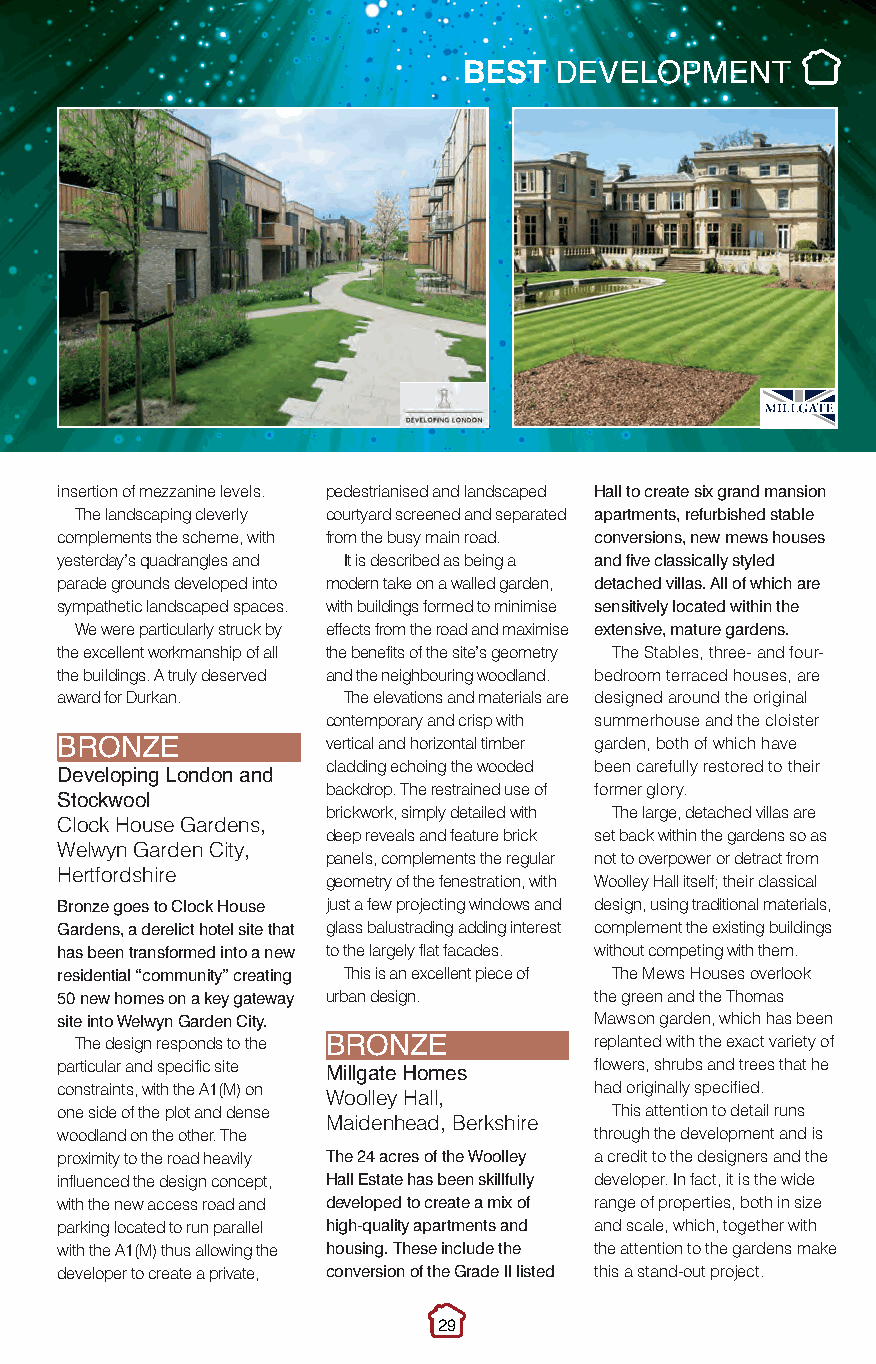
Best Development.qxp_Layout 1 10/11/2016 22:43 Page 2
 BEST  DEVELOPMENT
 insertion of mezzanine levels. pedestrianised and landscaped Hall to create six grand mansion
 The landscaping cleverly courtyard screened and separated apartments, refurbished stable
 complements the scheme, with from the busy main road. conversions, new mews houses
 yesterday’s quadrangles and It is described as being a and five classically styled
 parade grounds developed into modern take on a walled garden, detached villas. All of which are
 sympathetic landscaped spaces. with buildings formed to minimise sensitively located within the
 We were particularly struck by effects from the road and maximise extensive, mature gardens.
 the excellent workmanship of all the benefits of the site’s geometry The Stables, three- and four-
 the buildings. A truly deserved and the neighbouring woodland. bedroom terraced houses, are
 award for Durkan.  The elevations and materials are designed around the original
 contemporary and crisp with summerhouse and the cloister
 vertical and horizontal timber garden, both of which have
 BRONZE            cladding echoing the wooded been carefully restored to their
 Developing London and backdrop. The restrained use of former glory.
 Stockwool         brickwork, simply detailed with The large, detached villas are
 Clock House Gardens,
 deep reveals and feature brick set back within the gardens so as
 Welwyn Garden City,
 panels, complements the regular not to overpower or detract from
 Hertfordshire     geometry of the fenestration, with Woolley Hall itself; their classical
 Bronze goes to Clock House just a few projecting windows and design, using traditional materials,
 Gardens, a derelict hotel site that glass balustrading adding interest complement the existing buildings
 has been transformed into a new to the largely flat facades. without competing with them.
 residential “community” creating This is an excellent piece of The Mews Houses overlook
 50 new homes on a key gateway urban design. the green and the Thomas
 site into Welwyn Garden City.      Mawson garden, which has been
 The design responds to the        replanted with the exact variety of
 particular and specific site BRONZE flowers, shrubs and trees that he
 constraints, with the A1(M) on Millgate Homes had originally specified.
 Woolley Hall,
 one side of the plot and dense       This attention to detail runs
 Maidenhead, Berkshire
 woodland on the other. The         through the development and is
 proximity to the road heavily The 24 acres of the Woolley a credit to the designers and the
 influenced the design concept, Hall Estate has been skillfully developer. In fact, it is the wide
 with the new access road and developed to create a mix of range of properties, both in size
 parking located to run parallel high-quality apartments and and scale, which, together with
 with the A1(M) thus allowing the housing. These include the the attention to the gardens make
 developer to create a private, conversion of the Grade II listed this a stand-out project.
 29